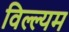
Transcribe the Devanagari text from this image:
विल्ल्यम